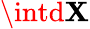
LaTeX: \intd\mathbf{X}